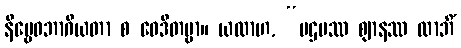
နိဗ္ဗေဓဘာဂိယတာ စ ဝေဒိတဗ္ဗာ။ ယထာဟ, “ပဌမဿ ဈာနဿ လာဘိံ